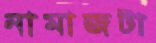
নামাজটা